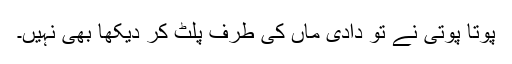
پوتا پوتی نے تو دادی ماں کی طرف پلٹ کر دیکھا بھی نہیں۔